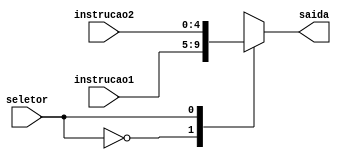
module MultiplexEscreveBancoReg(
	input wire[4:0] instrucao1,
	input wire[4:0] instrucao2,
	input wire seletor, // Sinal do controle
	output wire[4:0] saida
);

reg[4:0] SAIDA;

always @ (seletor or instrucao1 or instrucao2)
	begin
		case(seletor)
			0: SAIDA <= instrucao1;
			1: SAIDA <= instrucao2;
			default: SAIDA <= 0;
		endcase
end

assign saida = SAIDA;

endmodule